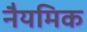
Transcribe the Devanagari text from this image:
नैयमिक